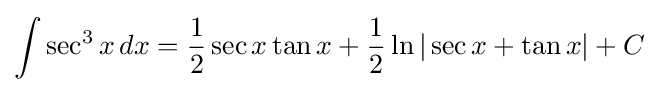
\int \sec ^{3}{x}\,dx={\frac {1}{2}}\sec x\tan x+{\frac {1}{2}}\ln |\sec x+\tan x|+C